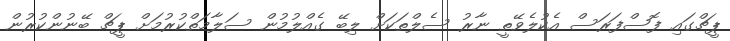
ޕީޗްގައި ފޮސްފަރަސް އެކުލެވޭތީ ނާރު ސެލްތަކަށް ލިބޭ ގެއްލުމުން ސަލާމަތްކުރުމަށް ޕީޗް ބޭނުންކުރުން